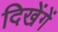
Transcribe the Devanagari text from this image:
दिखेंगें